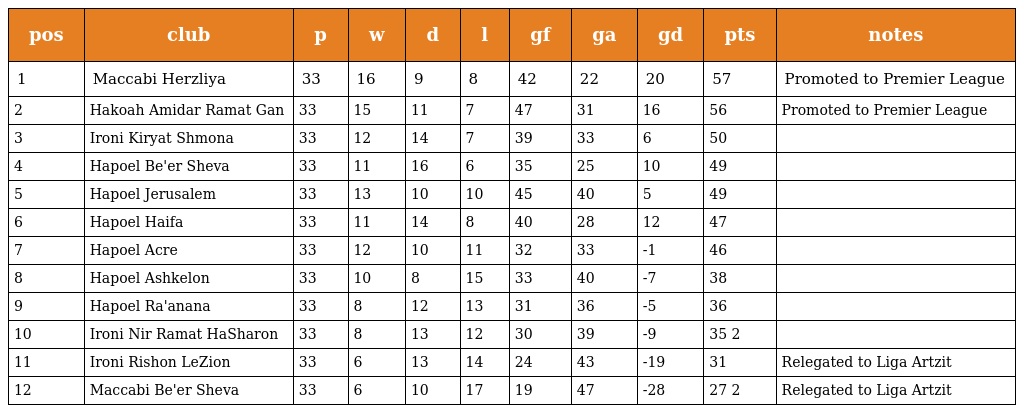
| pos | club | p | w | d | l | gf | ga | gd | pts | notes |
 | --- | --- | --- | --- | --- | --- | --- | --- | --- | --- | --- |
 | 1 | Maccabi Herzliya | 33 | 16 | 9 | 8 | 42 | 22 | 20 | 57 | Promoted to Premier League |
 | 2 | Hakoah Amidar Ramat Gan | 33 | 15 | 11 | 7 | 47 | 31 | 16 | 56 | Promoted to Premier League |
 | 3 | Ironi Kiryat Shmona | 33 | 12 | 14 | 7 | 39 | 33 | 6 | 50 |  |
 | 4 | Hapoel Be'er Sheva | 33 | 11 | 16 | 6 | 35 | 25 | 10 | 49 |  |
 | 5 | Hapoel Jerusalem | 33 | 13 | 10 | 10 | 45 | 40 | 5 | 49 |  |
 | 6 | Hapoel Haifa | 33 | 11 | 14 | 8 | 40 | 28 | 12 | 47 |  |
 | 7 | Hapoel Acre | 33 | 12 | 10 | 11 | 32 | 33 | -1 | 46 |  |
 | 8 | Hapoel Ashkelon | 33 | 10 | 8 | 15 | 33 | 40 | -7 | 38 |  |
 | 9 | Hapoel Ra'anana | 33 | 8 | 12 | 13 | 31 | 36 | -5 | 36 |  |
 | 10 | Ironi Nir Ramat HaSharon | 33 | 8 | 13 | 12 | 30 | 39 | -9 | 35 2 |  |
 | 11 | Ironi Rishon LeZion | 33 | 6 | 13 | 14 | 24 | 43 | -19 | 31 | Relegated to Liga Artzit |
 | 12 | Maccabi Be'er Sheva | 33 | 6 | 10 | 17 | 19 | 47 | -28 | 27 2 | Relegated to Liga Artzit |